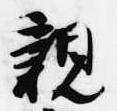
親